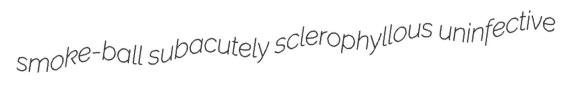
smoke-ball subacutely sclerophyllous uninfective